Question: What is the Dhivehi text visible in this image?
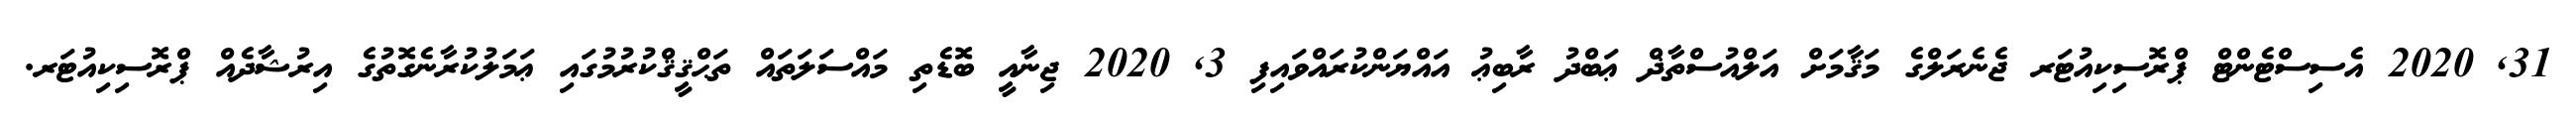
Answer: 31, 2020 އެސިސްޓެންޓް ޕްރޮސިކިއުޓަރ ޖެނެރަލްގެ މަޤާމަށް އަލްއުސްތާޛް ޢަބްދު ރާބިޢު އައްޔަންކުރައްވައިފި 3, 2020 ޖިނާއީ ބޮޑެތި މައްސަލަތައް ތަޙްޤީޤްކުރުމުގައި ޢަމަލުކުރާނެގޮތުގެ އިރުޝާދެއް ޕްރޮސިކިއުޓަރ.